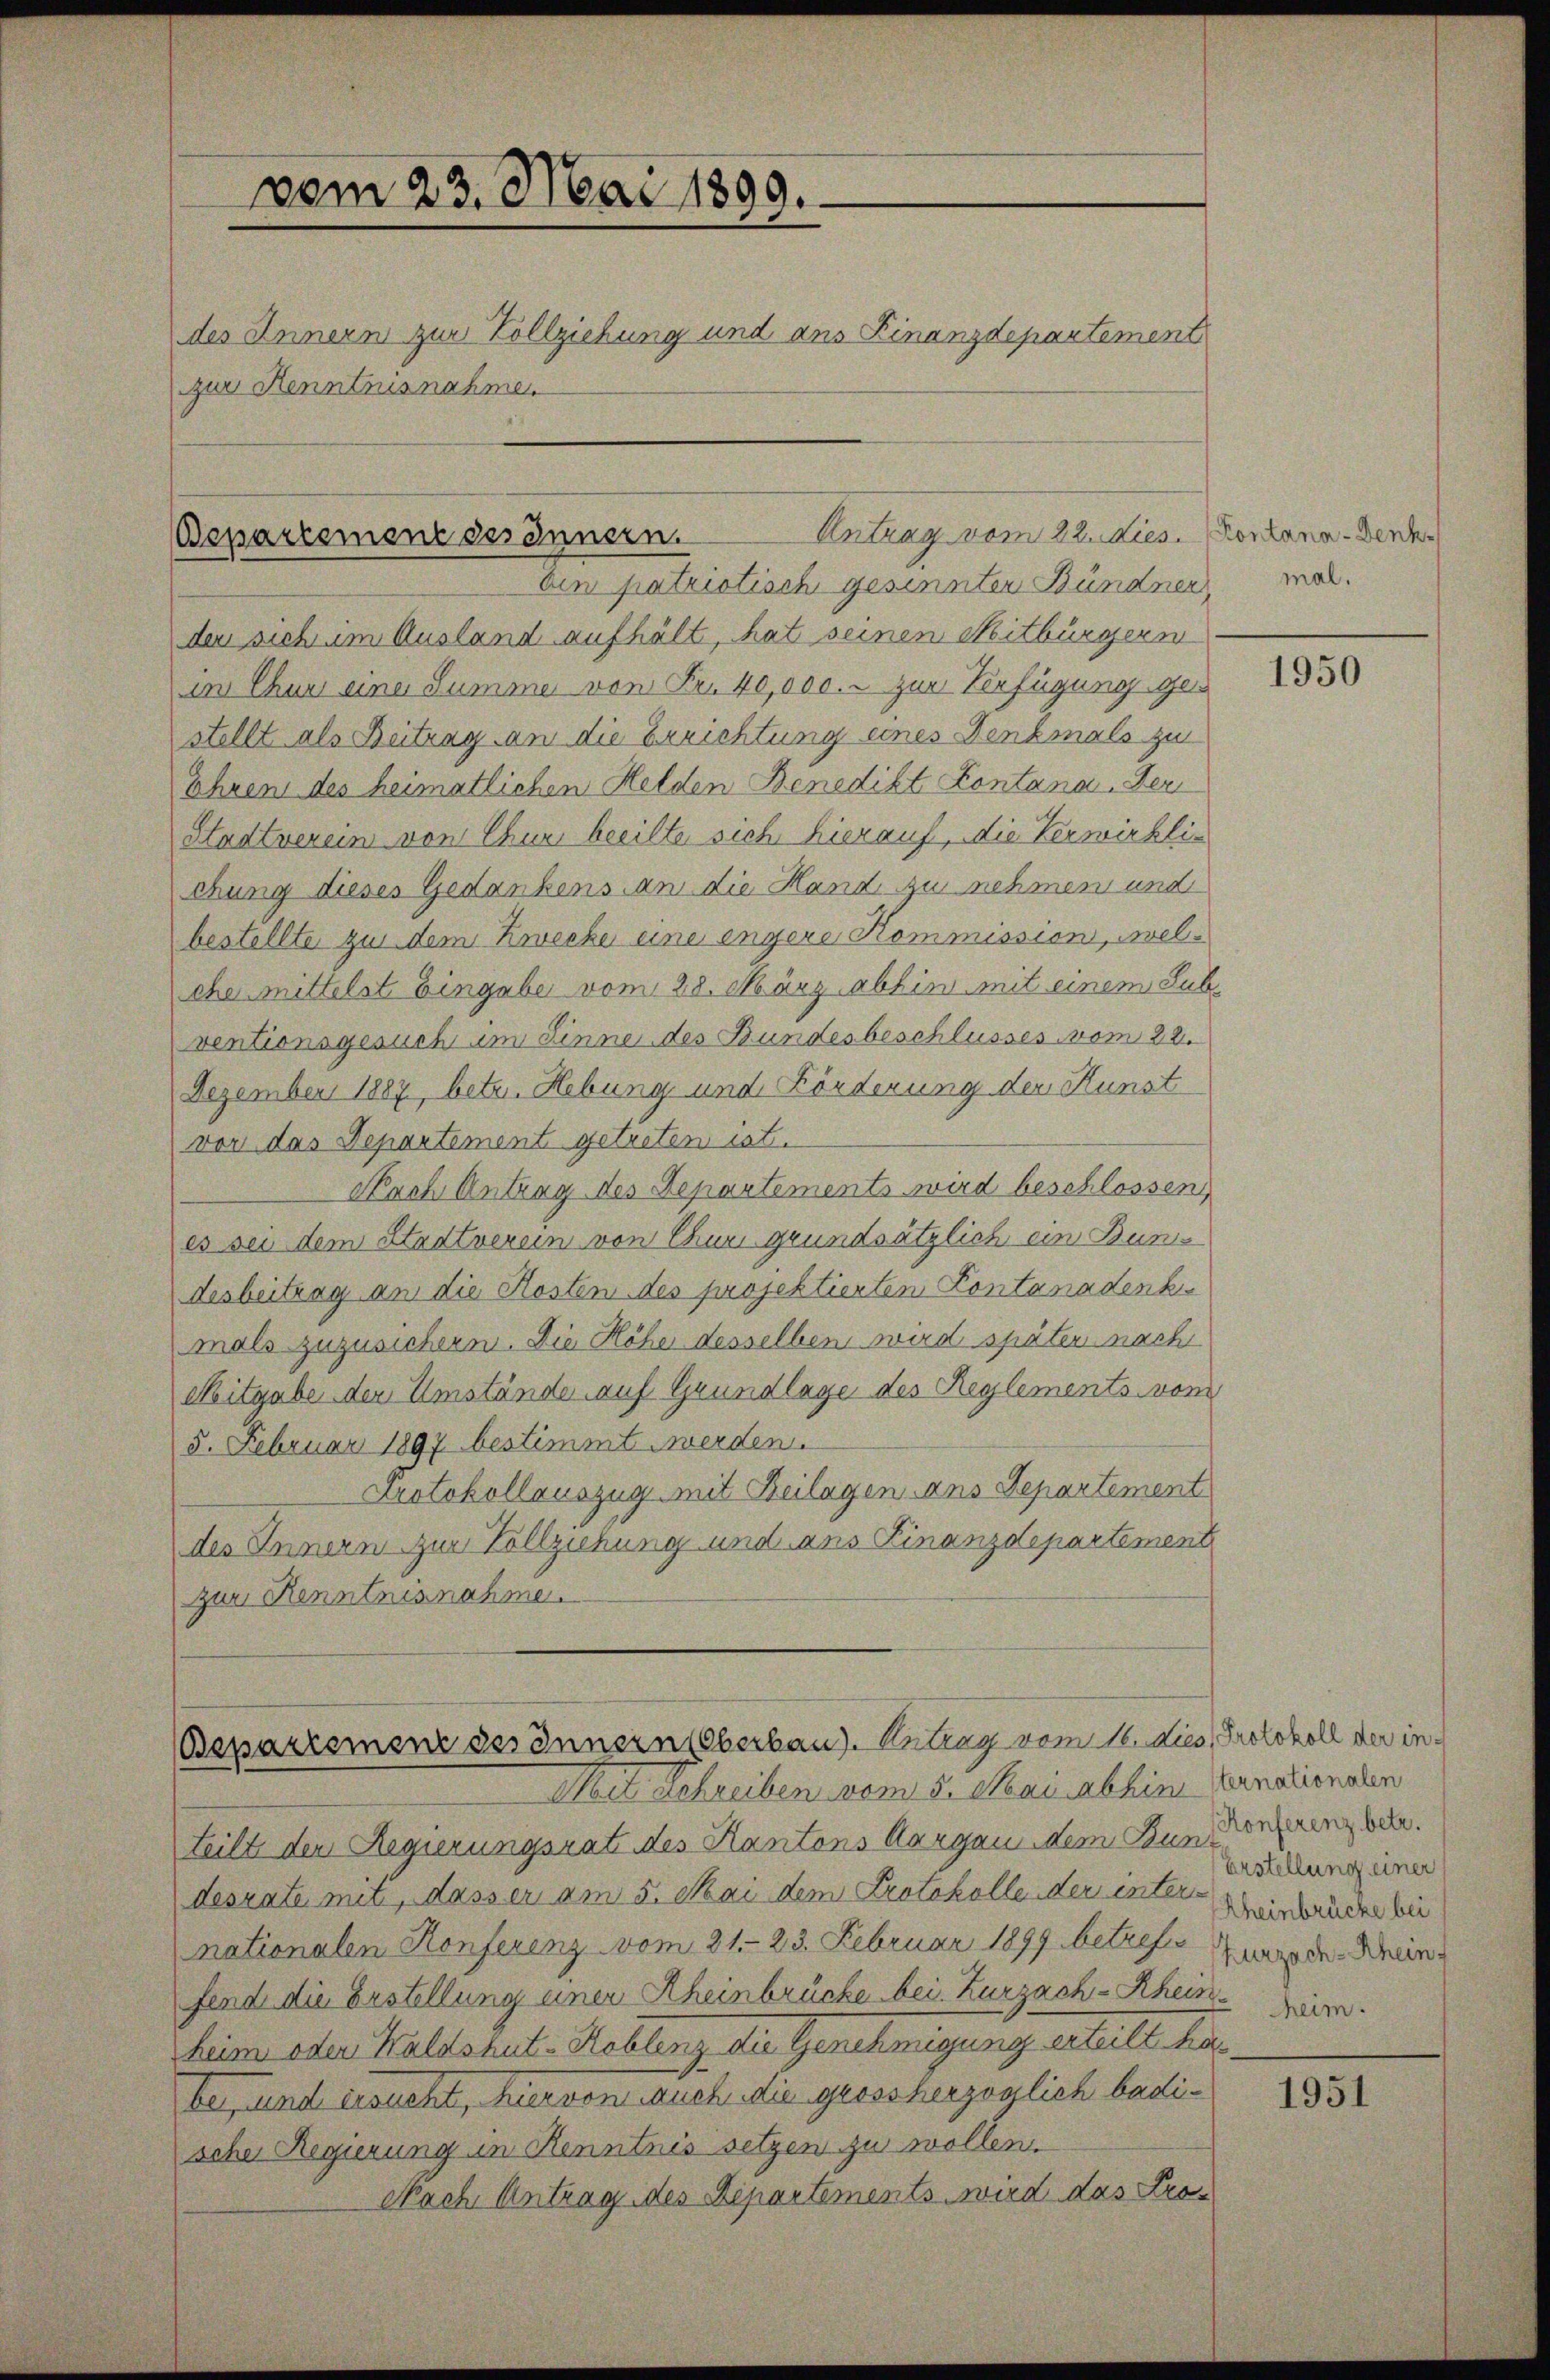
vom 23. Mai 1899.
des Innern zur Vollziehung und ans Finanzdepartement
zur Kenntnisnahmen

Antrag vom 22. dies. Kontana-Werde.
Bepartement des Innern.

den patriotisch gesinnten Bündner,
den sich im Ausland aufhält, hat seinen Mitbürgern
in Chur eine Summe von Fr. 40,000.- zur Verfügung ge
stellt als Beitrag an die Errichtung eines Denkmals zu
Ehren des heimatlichen Helden Benedikt Kontana, Her
Stadtverein von Chur beeilte sich hierauf, die Verwirkliehung dieses Gedankens an die Hand zu nehmen und
bestellte zu dem Zwecke eine engere Kommission, welche mittelst Eingabe vom 28. März abhin mit einem Sub-
ventionsgesuch im Sinne des Bundesbeschlusses vom 22.
Dezember 1887, betr. Hebung und Förderung der Kunst
vor das Departement getreten ist.
Nach Antrag des Departements wird beschlossen,
es sei dem Stadtverein von Chur grundsätzlich ein Bundesbeitrag an die Kosten des projektierten Contanadenkmals zuzusichern. Die Höhe desselben wird später nach
Mitgabe der Umstände auf Grundlage des Reglements vom
5. Februar 1897 bestimmt werden.
Protokollauszug mit Beilagen ans Departement
des Innern zur Vollziehung und aus Finanzdepartement
zur Kenntnisnahme.

Bepartement des Innern Oberbaus. Antrag vom 16. dies, Protokoll der in¬
Mit Schreiben vom 5. Mai abhin Vernationalen

teilt der Regierungsrat des Kantons Aargau dem Bunderungen.
desrate mit, dass er am 5. Mai dem Protokolle der inter-Weinbrücke bei
nationalen Konferenz vom 21. 23. Februar 1899 betreffs Zurede Weinfend die Erstellung einen Rheinbrücke bei. Zurzach-Rhein- Dir.
heim oder Waldshut-Roblenz die Genehmigung erteilt ha
be, und ersucht, hier von auch die grossherzoglich badischer Regierung in Kenntnis setzen zu wollen.
Nach Antrag des Departements wird das Pro¬

mal.

1950

Erstellung einer

1951